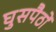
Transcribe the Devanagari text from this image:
घुसपैठों